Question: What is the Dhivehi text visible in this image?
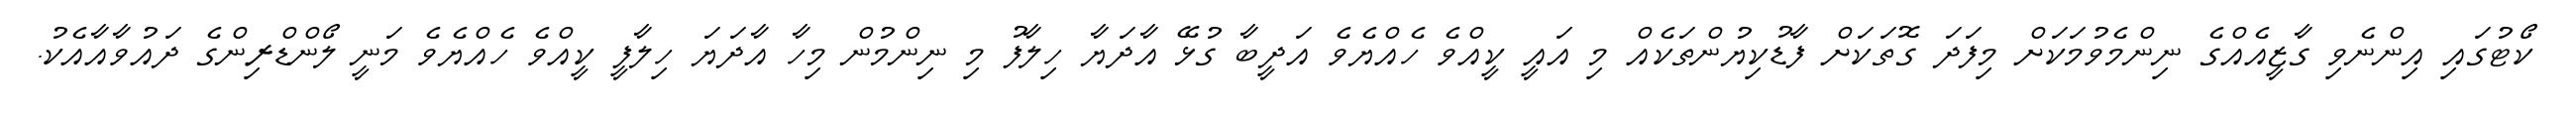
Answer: ކޯޓުގައި އިންނެވި ގާޒީއެއްގެ ނިންމެވުމަކަށް މިފަދަ ގޮތަކަށް ފާޑުކިޔުންތަކެއް މި އައީ ކީއްވެ ހެއްޔެވެ އަދީބާ ގުޅޭ އާދަޔާ ހިލާފު މި ނިންމުން މިހާ އާދަޔަ ހިލާފީ ކީއްވެ ހެއްޔެވެ މަނީ ލޯންޑްރިންގެ ދައުވާއާއެކު.